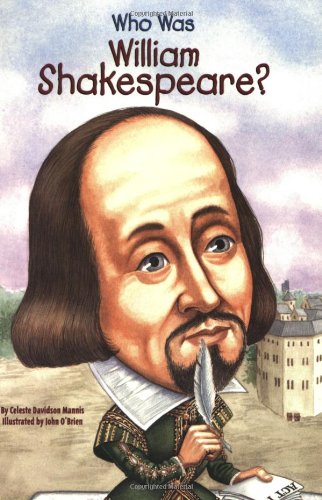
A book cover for Who Was William Shakespeare?; Celeste Mannis; Children's Books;